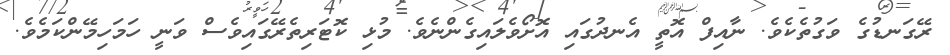
ރޭގަނޑުގެ ވަގުތެކެވެ. ނާއިފް އޮތީ އެނދުގައި އޮށޯވެލައިގެންނެވެ. މުޅި ކޮޓަރިތެރޭގައިވެސް ވަނީ ހަމަހިމޭންކަމެވެ.